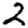
Digit: 2